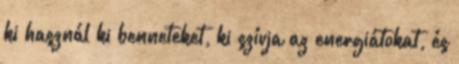
ki használ ki benneteket, ki szívja az energiátokat, és